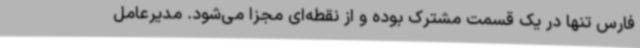
فارس تنها در یک قسمت مشترک بوده و از نقطه‌ای مجزا می‌شود. مدیرعامل